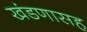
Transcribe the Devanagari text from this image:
खंडणासह